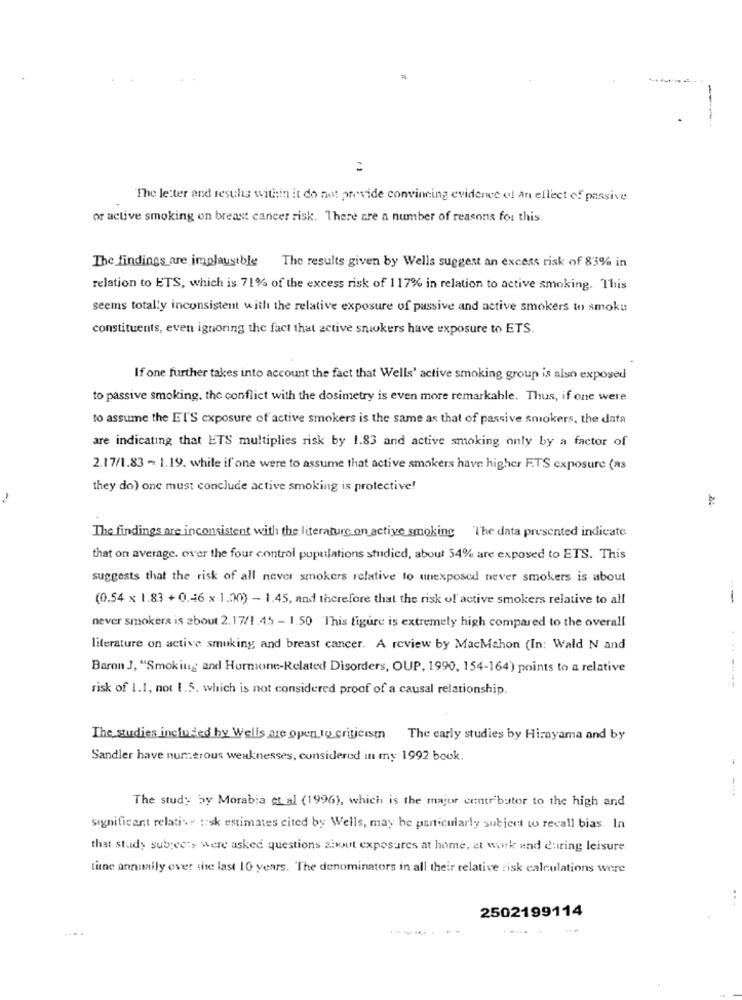
The letter and results within it do not provide convincing evidence of An effect of passive
or active smoking on breast cancer risk. There are a number of reasons for this.
The findings are implausible The results given by Wells suggest an excess risk of 83% in
relation to ETS, which is 71% of the excess risk of 117% in relation to active smoking. This
seems totally inconsistent with the relative exposure of passive and active smokers to smoke
constituents, even ignoring the fact that active snickers have exposure to ETS.
If one further takes into account the fact that Wells' active smoking group is also exposed
to passive smoking, the conflict with the dosimetry is even more remarkable. Thus, if one were
to assume the ET'S exposure of active smokers is the same as that of passive smokers, the data
are indicating that ETS multiplies risk by 1.83 and active smoking only by a factor of
2.17/1.83 - 1.19. while if one were to assume that active smokers have higher FTS exposure (as
they do) one must conclude active smoking is protective!
The findings are inconsistent with the literature on active smoking The data presented indicate
that on average. over the four control populations studied, about 54% are exposed to ETS. This
suggests that the risk of all never smokers relative to unexposed never smokers is about
(0.54 x 1.83 + 0.46 x 1.00) - 1.45, and therefore that the risk of active smokers relative to all
never smokers is about 2.17/1.45 - 1.50 This figure is extremely high compared to the overall
literature on active smuking and breast cancer. A review by MacMahon (In: Wald N and
Baron J, "Smoking and Hormone-Related Disorders, OUP, 1990, 154-164') points to a relative
risk of 1.1, not 1.5. which is not considered proof of a causal relationship.
The studies included by Wells are open to criticism The early studies by Hirayama and by
Sandler have numerous weaknesses, considered in my 1992 book.
The study by Morabia et al (1996), which is the major contributor to the high and
significant relati. : sk estimates cited by Wells, may be particularly subject to recall bias. In
that study subrec:> were asked questions aiwut exposures at home, at work and during leisure
tine annually over the last 10 years. "The denominators in all their relative risk calculations were
2502199114